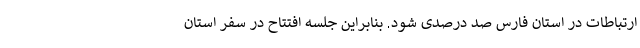
ارتباطات در استان فارس صد درصدی شود. بنابراین جلسه افتتاح در سفر استان